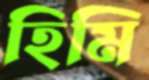
হিমি